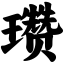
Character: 瓒